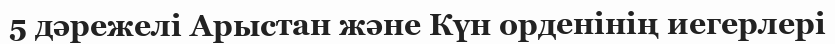
5 дәрежелі Арыстан және Күн орденінің иегерлері